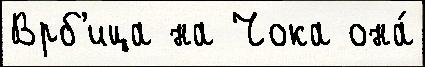
Врб'ица на Чока она́